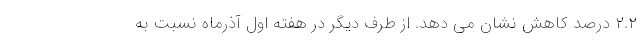
۲.۲ درصد کاهش نشان می دهد. از طرف دیگر در هفته اول آذرماه نسبت به